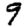
Digit: 9